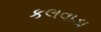
કલવાડા